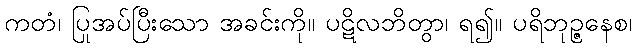
ကတံ၊ ပြုအပ်ပြီးသော အခင်းကို။ ပဋိလဘိတွာ၊ ရ၍။ ပရိဘုဉ္ဇနေစ၊